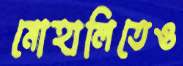
মোহালিতেও